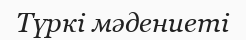
Түркі мәдениеті